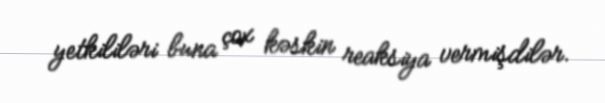
yetkililəri buna çox kəskin reaksiya vermişdilər.